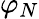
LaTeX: \varphi_{N}